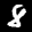
Label: 8